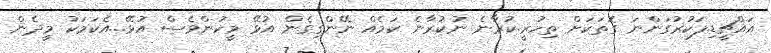
އައްޗީޑި.ފަކުރުގަންނަ ގޮތަކަށް ތިހުރީ.ކުރާނެ ނުކުރާނެ ކަމެއް ނޭންގިގެން އުޅޭ މީހުންވެސް އުޅޭ...އެކަމަކު މީދެން